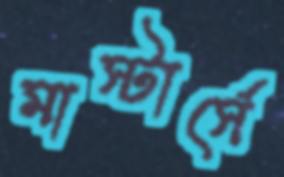
মাস্টার্সে